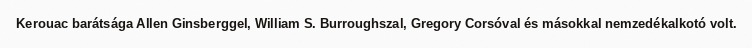
Kerouac barátsága Allen Ginsberggel, William S. Burroughszal, Gregory Corsóval és másokkal nemzedékalkotó volt.